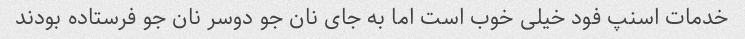
خدمات اسنپ فود خیلی خوب است اما به جای نان جو دوسر نان جو فرستاده بودند